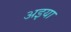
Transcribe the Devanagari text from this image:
अइया